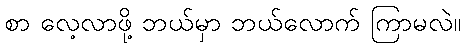
စာ လေ့လာဖို့ ဘယ်မှာ ဘယ်လောက် ကြာမလဲ။